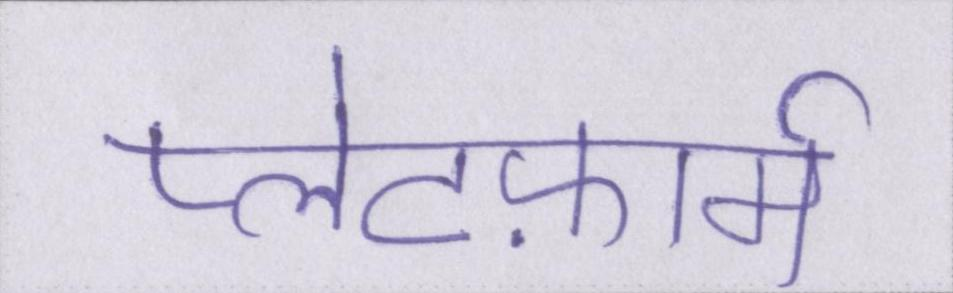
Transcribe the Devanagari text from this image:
प्लेटफ़ार्म